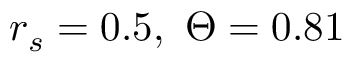
r _ { s } = 0 . 5 , \ \Theta = 0 . 8 1